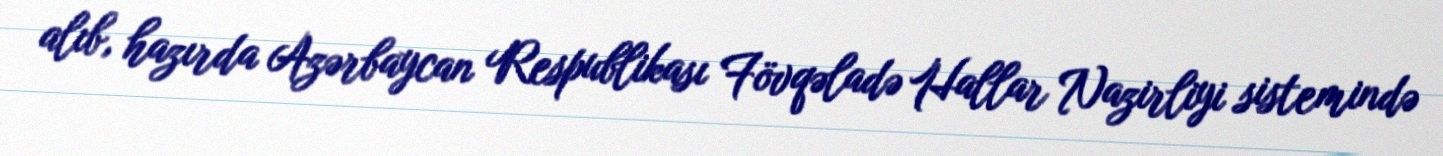
alıb, hazırda Azərbaycan Respublikası Fövqəladə Hallar Nazirliyi sistemində